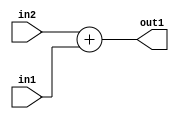
`timescale 1ps / 1ps
/*****************************************************************************
    Verilog RTL Description
    
    
    Created by: Stratus DpOpt 21.05.01 
*******************************************************************************/

module SobelFilter_Add_4Ux4U_5U_4 (
	in2,
	in1,
	out1
	); /* architecture "behavioural" */ 
input [3:0] in2,
	in1;
output [4:0] out1;
wire [4:0] asc001;

assign asc001 = 
	+(in2)
	+(in1);

assign out1 = asc001;
endmodule

/* CADENCE  urn5SAw= : u9/ySxbfrwZIxEzHVQQV8Q== ** DO NOT EDIT THIS LINE ******/